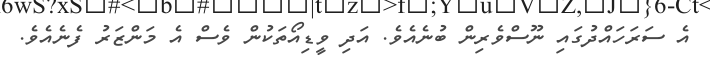
އެ ސަރަހައްދުގައި ނޫސްވެރިން ބުނެއެވެ. އަދި ވީޑިއޯތަކުން ވެސް އެ މަންޒަރު ފެނެއެވެ.